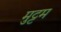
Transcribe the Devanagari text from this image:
मुट्टम